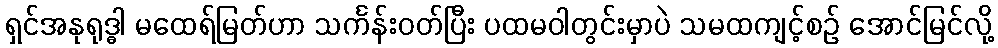
ရှင်အနုရုဒ္ဓါ မထေရ်မြတ်ဟာ သင်္ကန်းဝတ်ပြီး ပထမဝါတွင်းမှာပဲ သမထကျင့်စဉ် အောင်မြင်လို့